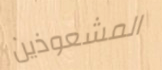
المشعوذين